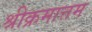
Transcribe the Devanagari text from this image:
श्रीक्रमात्तम